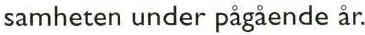
samheten under pagående år.